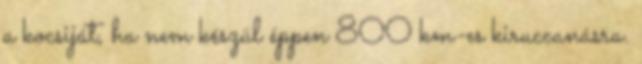
a kocsiját, ha nem készül éppen 800 km-es kiruccanásra.